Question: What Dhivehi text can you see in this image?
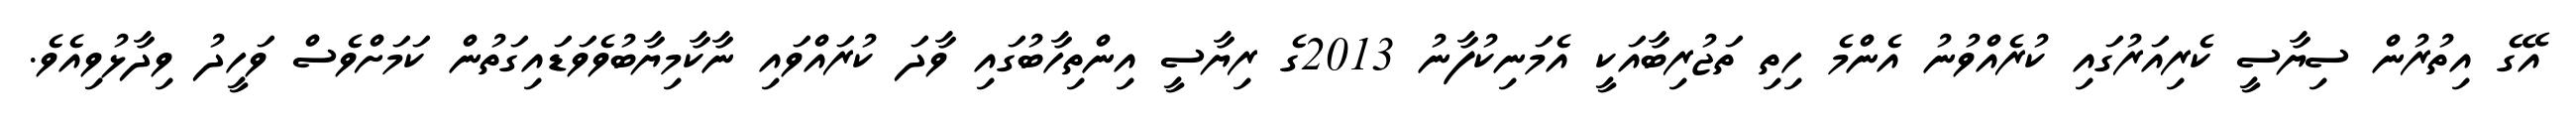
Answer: އޭގެ އިތުރުން ސިޔާސީ ކެރިއަރުގައި ކުރެއްވުނު އެންމެ ހިތި ތަޖުރިބާއަކީ އެމަނިކުފާނު 2013ގެ ރިޔާސީ އިންތިހާބުގައި ވާދަ ކުރައްވައި ނާކާމިޔާބުވެވަޑައިގަތުން ކަމަށްވެސް ވަހީދު ވިދާޅުވިއެވެ.